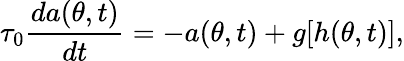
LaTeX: \tau_{0}\frac{da(\theta,t)}{dt}=-a(\theta,t)+g[h(\theta,t)],